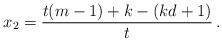
LaTeX: \begin{align*}x_2=\frac{t(m-1)+k-(kd+1)}{t} \, .\end{align*}